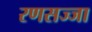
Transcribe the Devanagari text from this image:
रणसज्जा